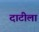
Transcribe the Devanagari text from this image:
दाटीला